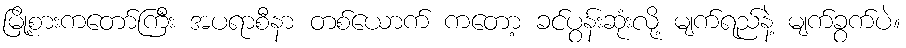
မြို့စားကတော်ကြီး အပရာစီနာ တစ်ယောက် ကတော့ ခင်ပွန်းဆုံးလို့ မျက်ရည်နဲ့ မျက်ခွက်ပဲ။